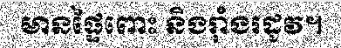
មានផ្ទៃពោះ និងរ៉ាំងរដូវ។